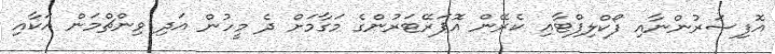
އޮފިސަރުންނާއި ފޯކްލިފްޓާއި ކެރޭން އޮޕަރޭޓަރުންގެ މަގާމަށް ދެ މީހުން އަދި ވިންޗްމަން އަކާއި